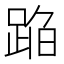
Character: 𰸒